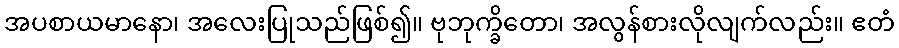
အပစာယမာနော၊ အလေးပြုသည်ဖြစ်၍။ ဗုဘုက္ခိတော၊ အလွန်စားလိုလျက်လည်း။ ဧတံ